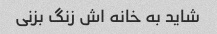
شاید به خانه اش زنگ بزنی